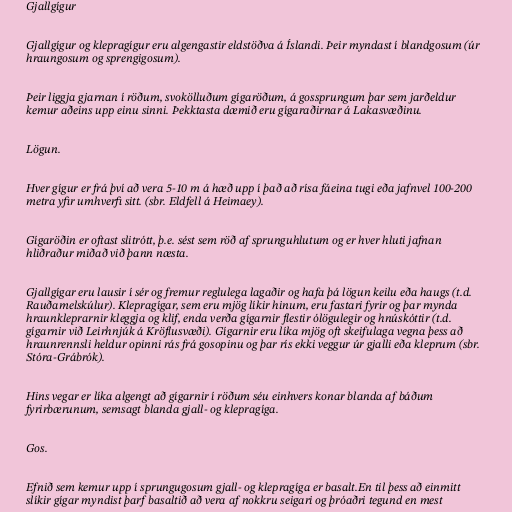
Gjallgígur

Gjallgígur og klepragígur eru algengastir eldstöðva á Íslandi. Þeir myndast í blandgosum (úr
hraungosum og sprengigosum).

Þeir liggja gjarnan í röðum, svokölluðum gígaröðum, á gossprungum þar sem jarðeldur
kemur aðeins upp einu sinni. Þekktasta dæmið eru gígaraðirnar á Lakasvæðinu.

Lögun.

Hver gígur er frá því að vera 5-10 m á hæð upp í það að rísa fáeina tugi eða jafnvel 100-200
metra yfir umhverfi sitt. (sbr. Eldfell á Heimaey).

Gígaröðin er oftast slitrótt, þ.e. sést sem röð af sprunguhlutum og er hver hluti jafnan
hliðraður miðað við þann næsta.

Gjallgígar eru lausir í sér og fremur reglulega lagaðir og hafa þá lögun keilu eða haugs (t.d.
Rauðamelskúlur). Klepragígar, sem eru mjög líkir hinum, eru fastari fyrir og þar mynda
hraunkleprarnir kleggja og klif, enda verða gígarnir flestir ólögulegir og hnúskóttir (t.d.
gígarnir við Leirhnjúk á Kröflusvæði). Gígarnir eru líka mjög oft skeifulaga vegna þess að
hraunrennsli heldur opinni rás frá gosopinu og þar rís ekki veggur úr gjalli eða kleprum (sbr.
Stóra-Grábrók).

Hins vegar er líka algengt að gígarnir í röðum séu einhvers konar blanda af báðum
fyrirbærunum, semsagt blanda gjall- og klepragíga.

Gos.

Efnið sem kemur upp í sprungugosum gjall- og klepragíga er basalt.En til þess að einmitt
slíkir gígar myndist þarf basaltið að vera af nokkru seigari og þróaðri tegund en mest